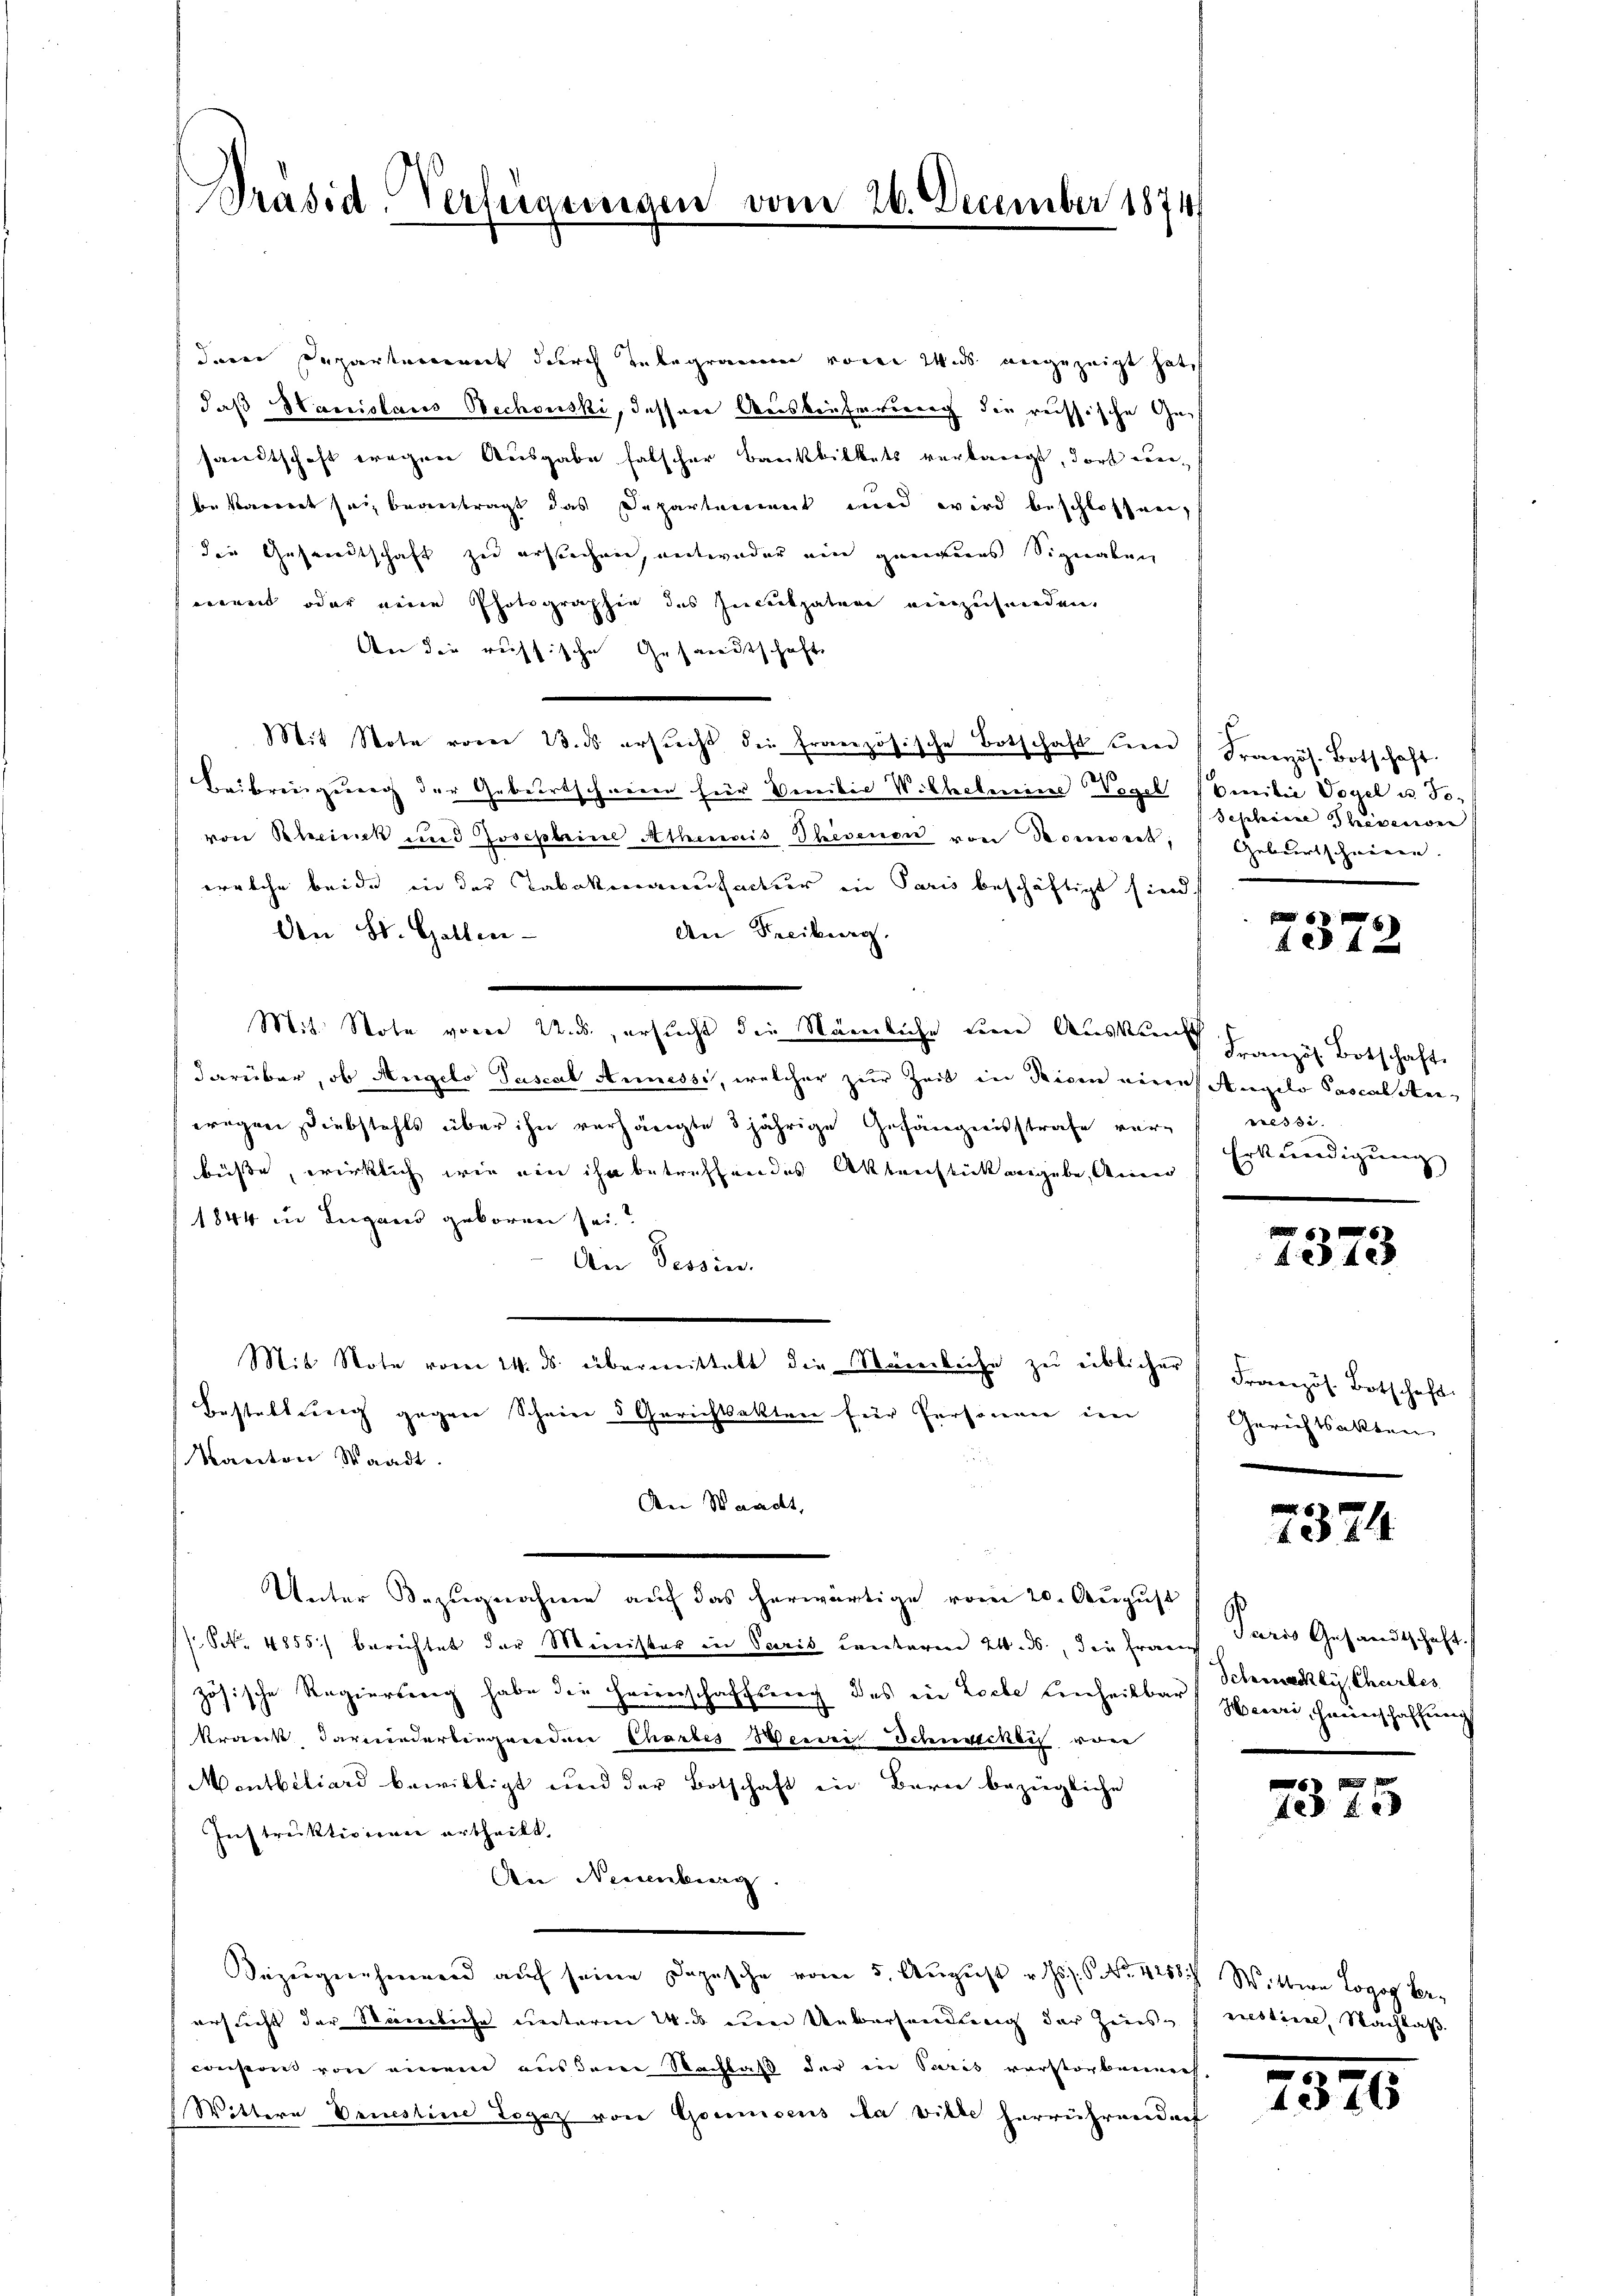
Präsid Verfügungen

deren Departement durch Telegramm von Wir eingezeigt hat
daß Hanislaus Bechowski, dessen Auslieferung die reissische Gesandtschaft wegen Ausgabe falscher Bankbilkets verlangt, dort verbekannt sei, beantragt das Departement und wird beschlossen,
der Gesandtschaft zu erstechnen, entweder ein geneines Signalen
nannt oder eine Photographie des Inculpatene einzusenden.
An die russische Gesandtschaft
Mit Note vom 13. ds ersŭcht die französische Botschaft und Französ. Botschaft
Beibrengung der Geburtscheiner für Benibie Wilhelmine Vogel benibie Vogel u. Tovon Rheinek und Josephine Athematis Thesenen von Donneck,  Geburtschweren.
welche beide in der Tabakmanufactur in Paris beschäftigt sind.
An Freiburg,
Den St. Gattin-
Mit Note vom 22. ds., ersucht die Nämliche eine Auskunft Französ. Botschaft
darüber, ob Angelo Pascal Annessi, welcher zur Zeit in Ricen eine Angelo Pascalanwegen Diebstahls über ihn verhängte 3jährige Gefängnisstrafe ver- nessi
büsse, wirklich wie ein ihr betreffendes Aktenstück angebe, Anna
1844 in Lugano geboren sei?
An Tessin.
Mit Note vom 24. ds. übermittelt die Störerleihe zŭ üblicher Französ. Botschaft
Bestellung gegen Schein 5 Gerichtsakten für Personen im
Kanton Staadt.
Aen Waadt,
Unter Bezugnahme auf das herwärtige vom 20. August
/ N. 4855) berichtet der Minister in Paris Cantoren 24. ds., die Frau Paris Gesandtschaft.
zösische Regierung habe die Heirerschaftsweg des ein Loche Einheilbar Schmacklÿ Chartes
krank darniederliegenden Charbes Berei Schmuckeit von
Mentbiliard bewilligt und der Botschaft in Bern bezügliche
Instruktivienne ertheilt.
An Neuenburg
Bezugnahmend auf seine Depesche vom 5. August v. Js. No. 4258 Wittwe Logog be-
ersucht der Stämliche unterm 2. ds um Uebersendung der Zins- restire, Nachlaß
Couston von einem aus dem Nachlaß der in Paris verstorbenneh-
Wittere Verstine Logez von Goumisens da ville herrührendorf

vom 26. December 1874

Sepherige Privation

s
1872

okenedigung |

7373

Gerichtsakten

7324

Heuri, Hauerschaffung

10 f 6

2340